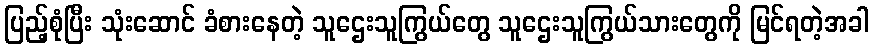
ပြည့်စုံပြီး သုံးဆောင် ခံစားနေတဲ့ သူဌေးသူကြွယ်တွေ သူဌေးသူကြွယ်သားတွေကို မြင်ရတဲ့အခါ